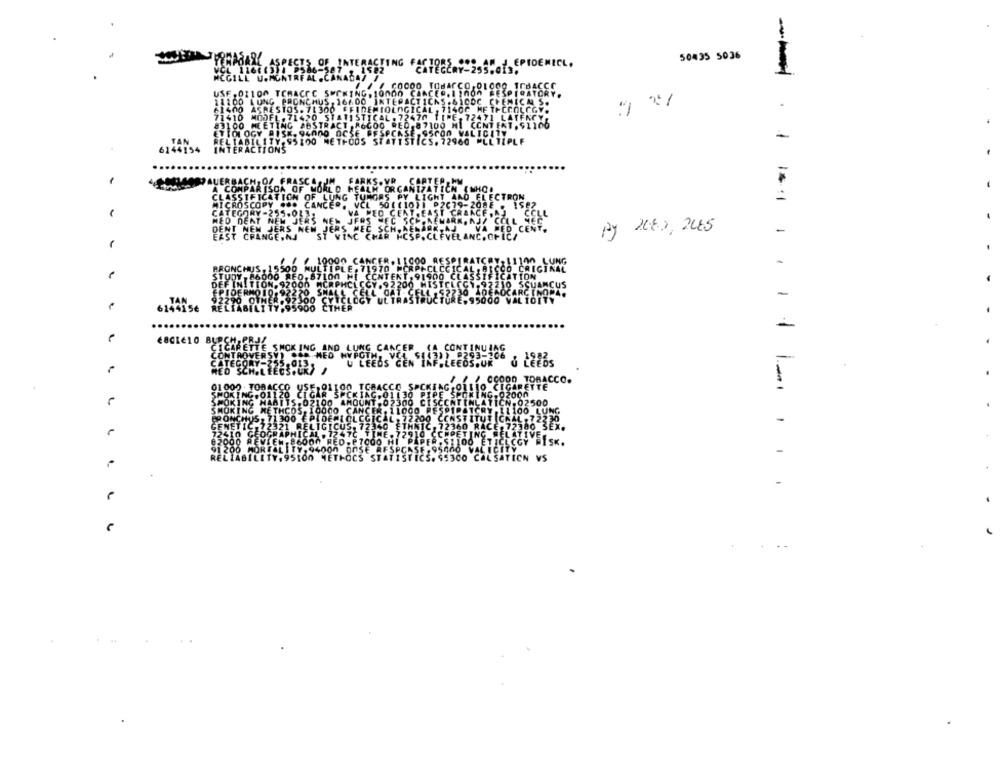
50435 5036
ACTING FACTO
--
10000 CAACE
INTEPACTICK
NS.61COC
EMIOLOGICAL
71400 ME TP
072470
IPE- 72471
DO HI CENT
CON VALICE
HPLE
1
6144154
2080, 2085
-
Se
€8CLE10 BURCH PRJ.
CIGARETTE SMOKING AND LUNG CANCER (A CONTINUING
CATEGORY-42
5.013.
& čitbs
MED SCH.LEEDS.UK/ /